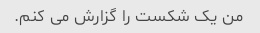
من یک شکست را گزارش می کنم.